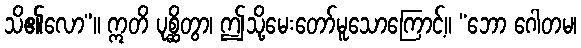
သိ၏လော”။ ဣတိ ပုစ္ဆိတွာ၊ ဤသို့မေးတော်မူသောကြောင့်။ “ဘော ဂေါတမ၊